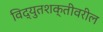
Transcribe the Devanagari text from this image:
विद्युतशक्तीवरील